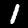
Digit: 1